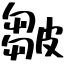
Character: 皺